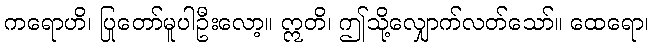
ကရောဟိ၊ ပြုတော်မူပါဦးလော့။ ဣတိ၊ ဤသို့လျှောက်လတ်သော်။ ထေရော၊